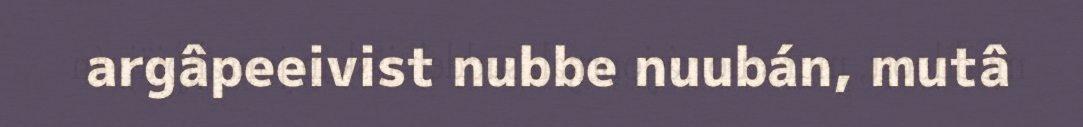
argâpeeivist nubbe nuubán, mutâ